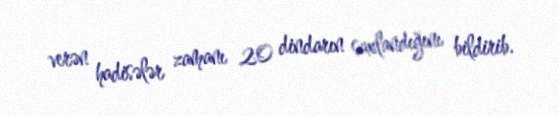
verən hadisələr zamanı 20 dindarın saxlandığını bildirib.